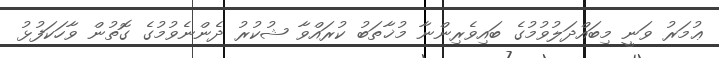
ޢުމަރު ވަނީ މިބައްދަލުވުމުގެ ބައިވެރިންނާ މުޚާތަބު ކުރައްވާ ޝުކުރު ދެންނެވުމުގެ ގޮތުން ވާހަކަފުޅު